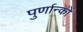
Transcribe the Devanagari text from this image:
पुर्णान्कों